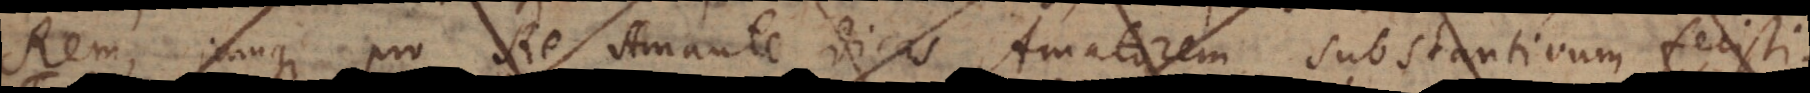
Rem, jamque pro Re Amante dicas Amatorem, substant